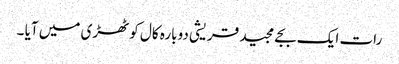
رات ایک بجے مجید قریشی دوبارہ کال کوٹھڑی میں آیا ۔